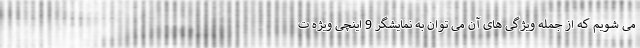
می شویم که از جمله ویژگی های آن می توان به نمایشگر 9 اینچی ویژه ت